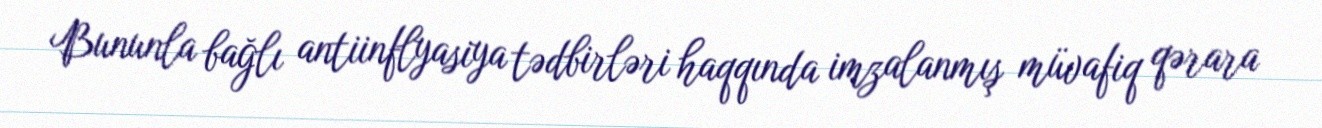
Bununla bağlı antiinflyasiya tədbirləri haqqında imzalanmış müvafiq qərara